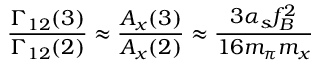
\frac { \Gamma _ { 1 2 } ( 3 ) } { \Gamma _ { 1 2 } ( 2 ) } \approx \frac { A _ { x } ( 3 ) } { A _ { x } ( 2 ) } \approx \frac { 3 \alpha _ { s } f _ { B } ^ { 2 } } { 1 6 m _ { \pi } m _ { x } }